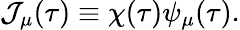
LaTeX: {\cal J}_{\mu}(\tau)\equiv\chi(\tau)\psi_{\mu}(\tau).